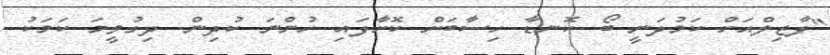
"ފާޒިލްއަށް ކަމުދަނީ ބޯ ކޮނޑާ ހިސާބަށް ކޮށާފައި ހުންނަ ކުދިން. ދިގުވީމަ ކަމަކު